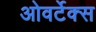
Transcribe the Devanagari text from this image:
ओवर्टेक्स